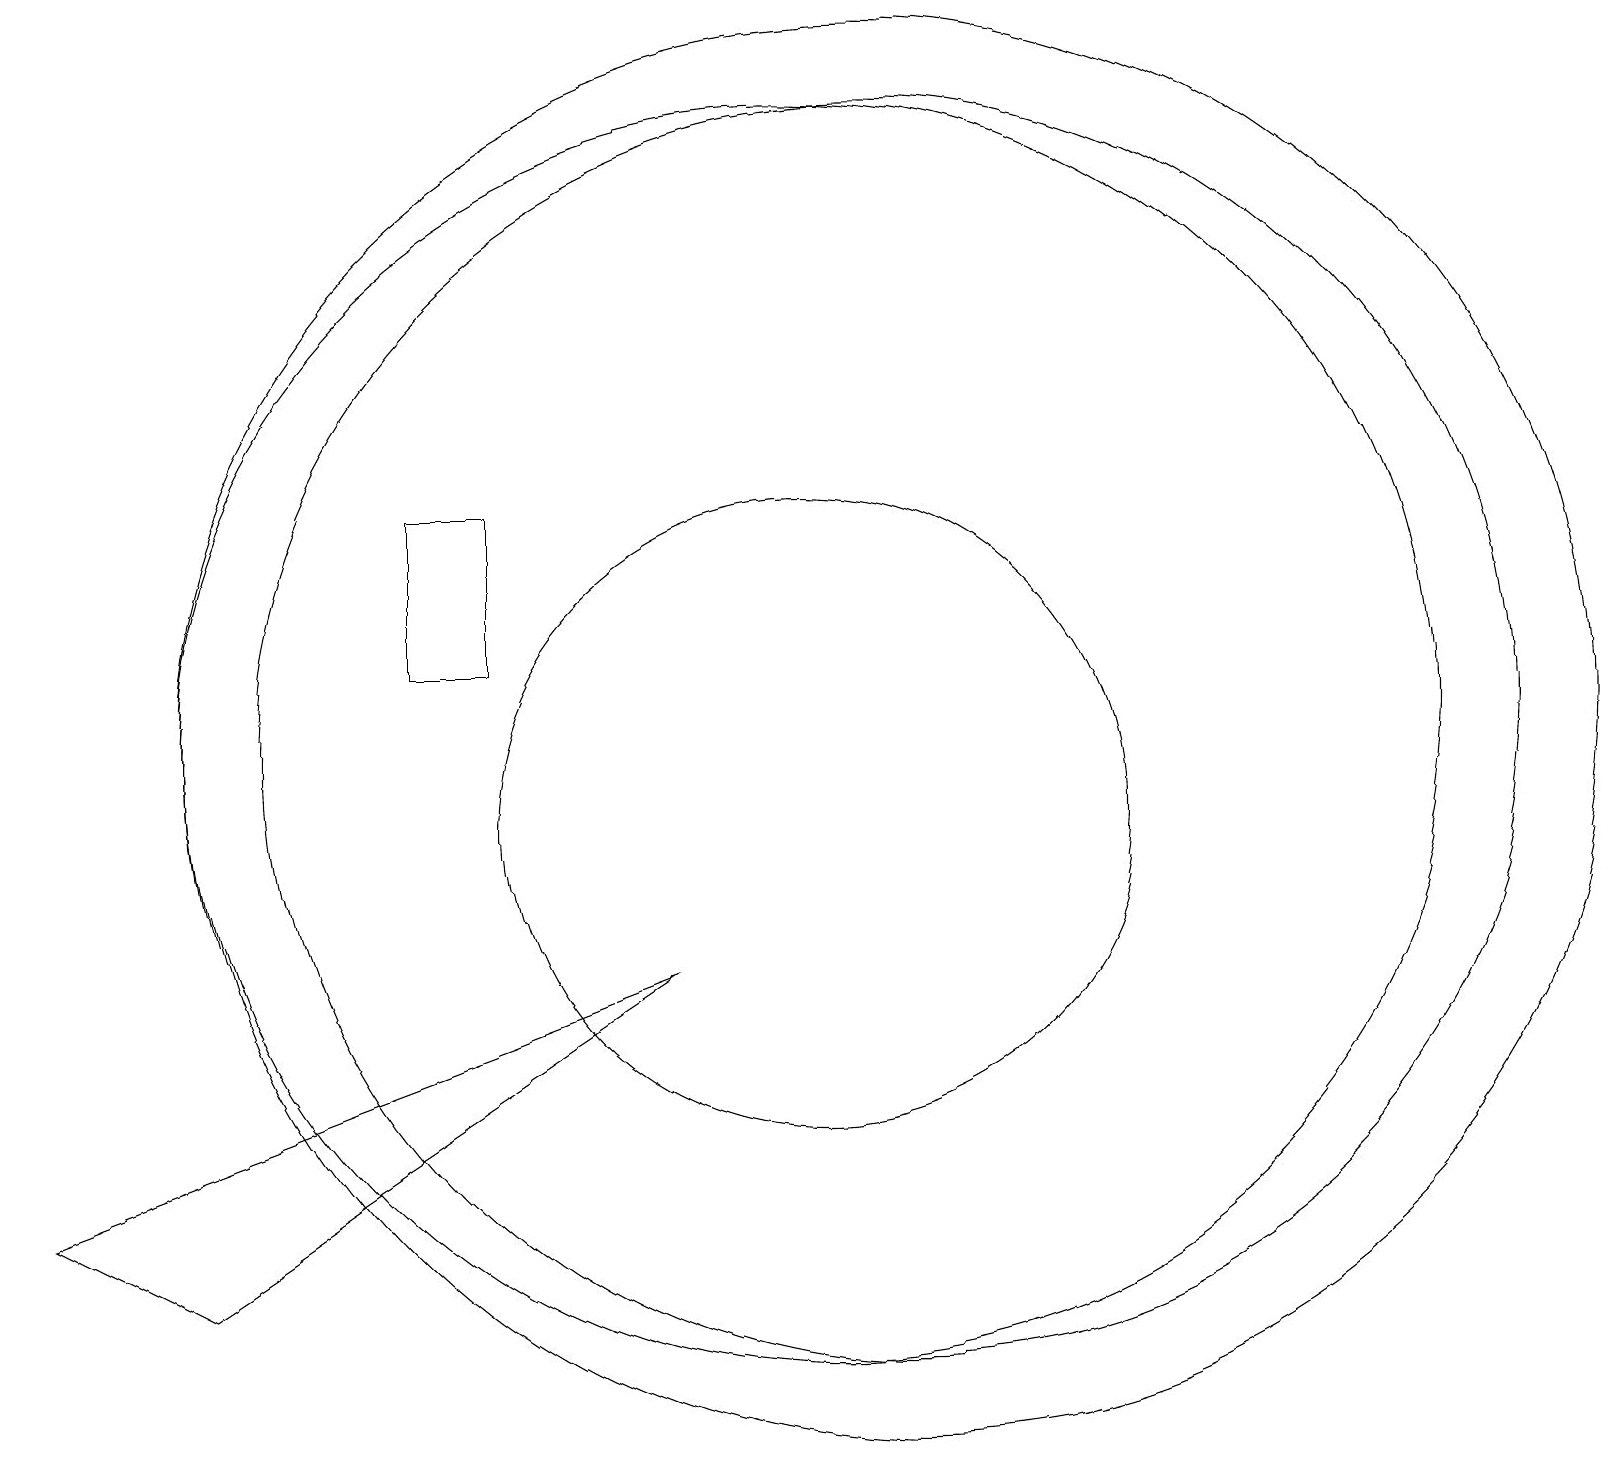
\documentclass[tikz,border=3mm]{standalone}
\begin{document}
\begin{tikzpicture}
\draw (8,8) -- (2,4) -- (0,5) -- cycle;
\draw (5,14) rectangle (6,12);
\draw (12,11) circle (0);
\draw (10,11) circle (8);
\draw (10,10) circle (4);
\draw (11,11) circle (8);
\draw (11,11) circle (9);
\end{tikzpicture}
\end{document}